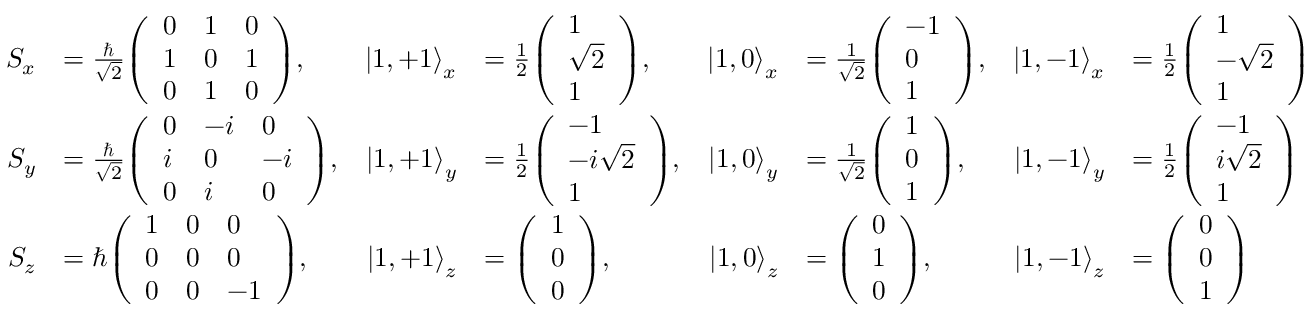
{ \begin{array} { r l r l r l r l } { S _ { x } } & { = { \frac { \hbar } { \sqrt { 2 } } } { \left( \begin{array} { l l l } { 0 } & { 1 } & { 0 } \\ { 1 } & { 0 } & { 1 } \\ { 0 } & { 1 } & { 0 } \end{array} \right) } , } & { \left| 1 , + 1 \right\rangle _ { x } } & { = { \frac { 1 } { 2 } } { \left( \begin{array} { l } { 1 } \\ { { \sqrt { 2 } } } \\ { 1 } \end{array} \right) } , } & { \left| 1 , 0 \right\rangle _ { x } } & { = { \frac { 1 } { \sqrt { 2 } } } { \left( \begin{array} { l } { - 1 } \\ { 0 } \\ { 1 } \end{array} \right) } , } & { \left| 1 , - 1 \right\rangle _ { x } } & { = { \frac { 1 } { 2 } } { \left( \begin{array} { l } { 1 } \\ { { - { \sqrt { 2 } } } } \\ { 1 } \end{array} \right) } } \\ { S _ { y } } & { = { \frac { \hbar } { \sqrt { 2 } } } { \left( \begin{array} { l l l } { 0 } & { - i } & { 0 } \\ { i } & { 0 } & { - i } \\ { 0 } & { i } & { 0 } \end{array} \right) } , } & { \left| 1 , + 1 \right\rangle _ { y } } & { = { \frac { 1 } { 2 } } { \left( \begin{array} { l } { - 1 } \\ { - i { \sqrt { 2 } } } \\ { 1 } \end{array} \right) } , } & { \left| 1 , 0 \right\rangle _ { y } } & { = { \frac { 1 } { \sqrt { 2 } } } { \left( \begin{array} { l } { 1 } \\ { 0 } \\ { 1 } \end{array} \right) } , } & { \left| 1 , - 1 \right\rangle _ { y } } & { = { \frac { 1 } { 2 } } { \left( \begin{array} { l } { - 1 } \\ { i { \sqrt { 2 } } } \\ { 1 } \end{array} \right) } } \\ { S _ { z } } & { = \hbar { \left( \begin{array} { l l l } { 1 } & { 0 } & { 0 } \\ { 0 } & { 0 } & { 0 } \\ { 0 } & { 0 } & { - 1 } \end{array} \right) } , } & { \left| 1 , + 1 \right\rangle _ { z } } & { = { \left( \begin{array} { l } { 1 } \\ { 0 } \\ { 0 } \end{array} \right) } , } & { \left| 1 , 0 \right\rangle _ { z } } & { = { \left( \begin{array} { l } { 0 } \\ { 1 } \\ { 0 } \end{array} \right) } , } & { \left| 1 , - 1 \right\rangle _ { z } } & { = { \left( \begin{array} { l } { 0 } \\ { 0 } \\ { 1 } \end{array} \right) } } \end{array} }